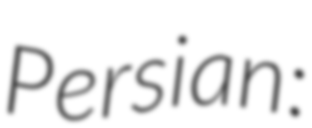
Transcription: Persian: